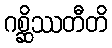
ဂစ္ဆိဿတီတိ